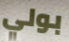
بولي